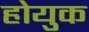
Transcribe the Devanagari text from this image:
होयुक